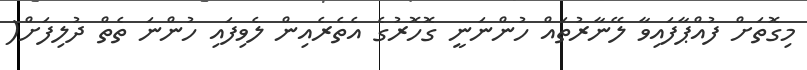
މިގޮތަށް ފުއްޕާފައިވާ ލޭނާރުތައް ހުންނަނީ ގޮހޮރުގެ އެތެރެއިން ލެވިފައި ހުންނަ ތެތް ދުލިފަށް(